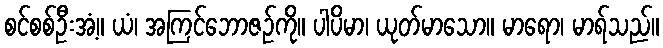
စင်စစ်ဦးအံ့။ ယံ၊ အကြင်ဘောဇဉ်ကို။ ပါပိမာ၊ ယုတ်မာသော။ မာရော၊ မာရ်သည်။